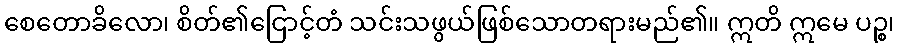
စေတောခိလော၊ စိတ်၏ငြောင့်တံ သင်းသဖွယ်ဖြစ်သောတရားမည်၏။ ဣတိ ဣမေ ပဉ္စ၊